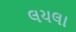
લયલા